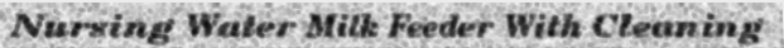
Nursing Water Milk Feeder With Cleaning